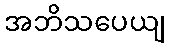
အဘိသပေယျ